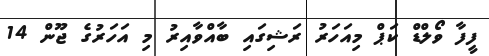
ފީފާ ވޯލްޑް ކަޕް މިއަހަރު ރަޝިގައި ބާއްވާއިރު މި އަހަރުގެ ޖޫން 14